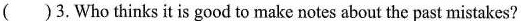
( )3.Who thinks it is good to make notes about the past mistakes?